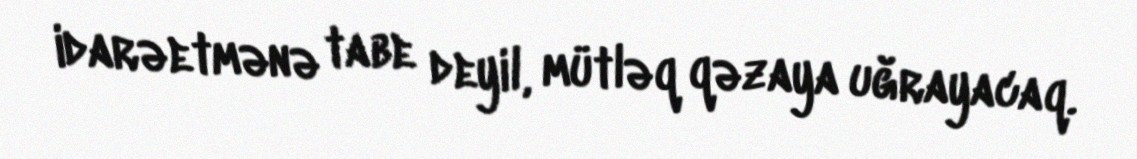
idarəetmənə tabe deyil, mütləq qəzaya uğrayacaq.